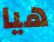
هيا